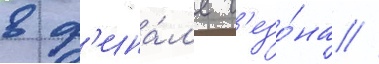
в ф'ина́л'е с'езо́на //